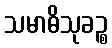
သမာဓိသုခဉ္စ